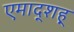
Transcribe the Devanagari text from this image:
एमाद्शह्